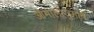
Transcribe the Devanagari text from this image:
ओमालीज़ुमाब